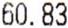
60.83